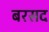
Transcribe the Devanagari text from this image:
बरसद